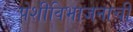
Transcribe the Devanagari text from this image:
पेशीविभाजनाची